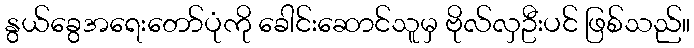
နွယ်ခွေအရေးတော်ပုံကို ခေါင်းဆောင်သူမှ ဗိုလ်လှဦးပင် ဖြစ်သည်။